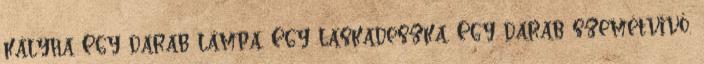
kályha Egy darab lámpa. Egy laskadeszka. Egy darab szemétvivő.